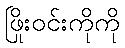
ဖြိုးဝင်းကိုကို